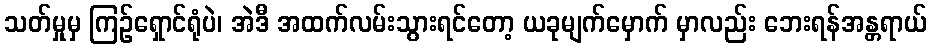
သတ်မှုမှ ကြဉ်ရှောင်ရုံပဲ၊ အဲဒီ အထက်လမ်းသွားရင်တော့ ယခုမျက်မှောက် မှာလည်း ဘေးရန်အန္တရာယ်